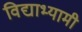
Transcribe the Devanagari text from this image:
विद्याभ्यामी